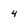
Character: 4